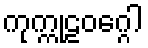
ကုက္ကုဠဝဂ္ဂေါ